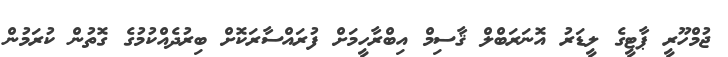
ޖުމްހޫރީ ޕާޓީގެ ލީޑަރު އޮނަރަބްލް ޤާސިމް އިބްރާހީމަށް ފުރައްސާރަކޮށް ބިރުދެއްކުމުގެ ގޮތުން ކުރަމުން